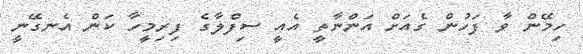
ހިމޭން ވާ ފަހުން ގެއަށް އަންނާތީ އެއީ ސިފްލާގެ ފިރިމީހާ ކަން އެނގޭނީ